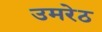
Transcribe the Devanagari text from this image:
उमरेठ